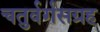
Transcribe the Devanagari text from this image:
चतुर्वर्गसग्रह